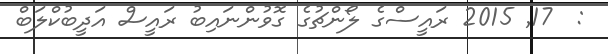
:  17